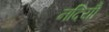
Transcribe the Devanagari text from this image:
नदियोँ